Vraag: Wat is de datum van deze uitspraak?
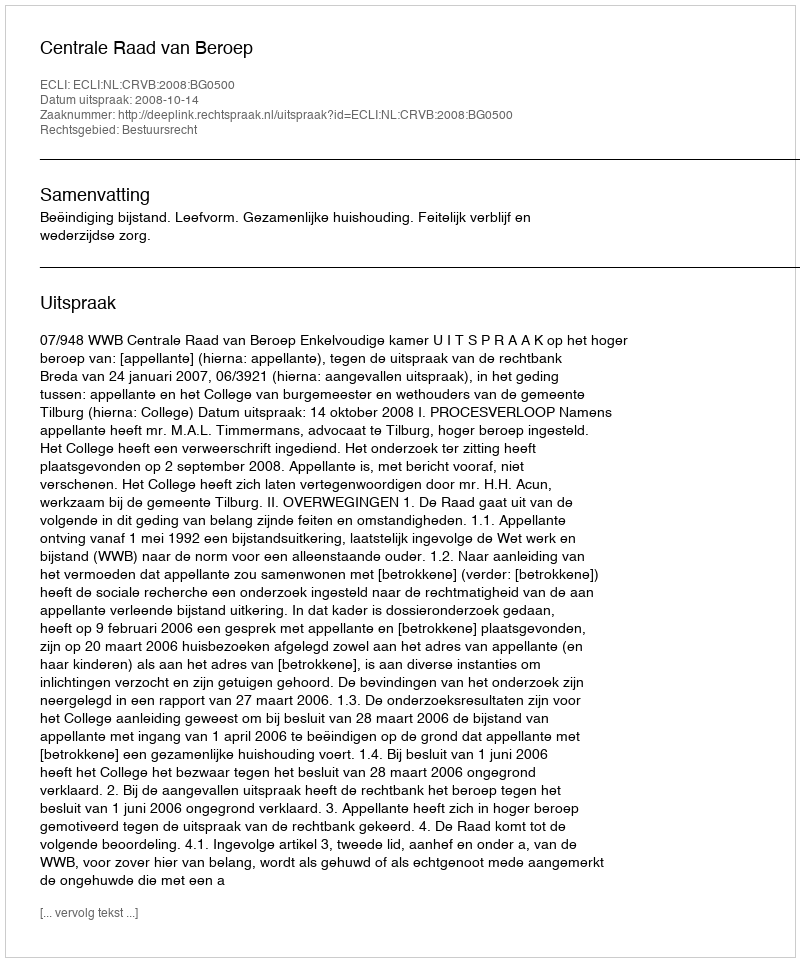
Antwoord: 2008-10-14